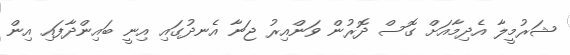
ޝަރުމީލާ އެދިމާއަށް ގޮސް ދޮރުން ވަންއިރު ޖަނާ އެނދުގައި އިނީ ބައިންދާފައި އިން